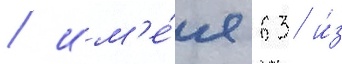
/ им'е́я 63 и́з